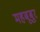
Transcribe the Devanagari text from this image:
महबूबुर